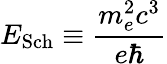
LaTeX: E_{\mathrm{Sch}}\equiv\frac{m_{e}^{2}c^{3}}{e\hbar}